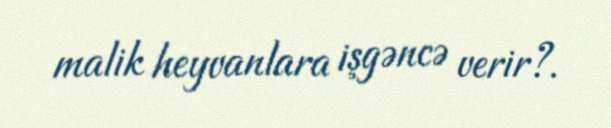
malik heyvanlara işgəncə verir?.